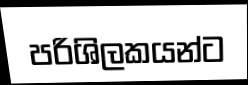
පරිශිලකයන්ට